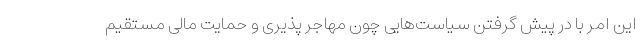
این امر با در پیش گرفتن سیاست‌هایی چون مهاجر پذیری و حمایت مالی مستقیم